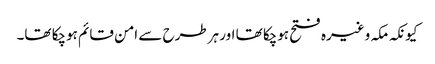
کیونکہ مکہ وغیرہ فتح ہوچکا تھا اور ہرطرح سے امن قائم ہوچکا تھا۔